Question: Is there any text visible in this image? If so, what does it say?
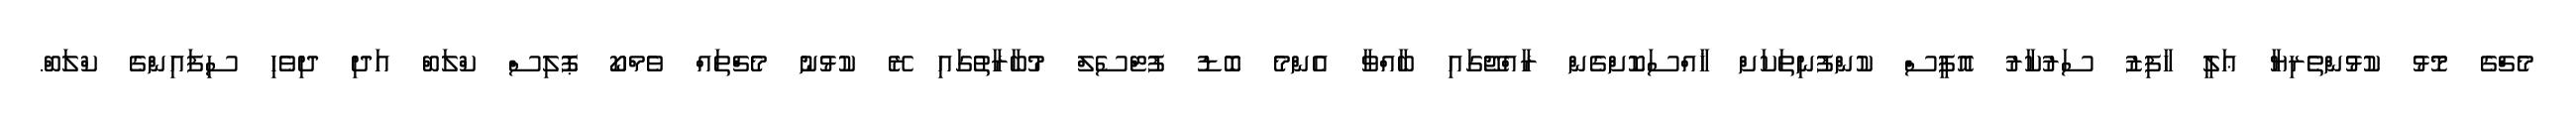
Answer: މެޗްގެ މޮޅު ކުޅުންތެރިޔާ ޢަލީ ހާފިޒު ސަރުކާރު އޮފީސް ކުންފުނިތަކަށް ޚާއްސަކޮށްގެން ރާއްޖޭގައި ބާއްވާ އެންމެ ބޮޑު ފުޓްސެލް މުބާރާތުގައި ރޭ ކުޅުނު މެޗްތައް ވެމްކޯ ޕޮލިސް ކްލަބް އަދި ދިވެހި ސިފައިންގެ ކްލަބް.